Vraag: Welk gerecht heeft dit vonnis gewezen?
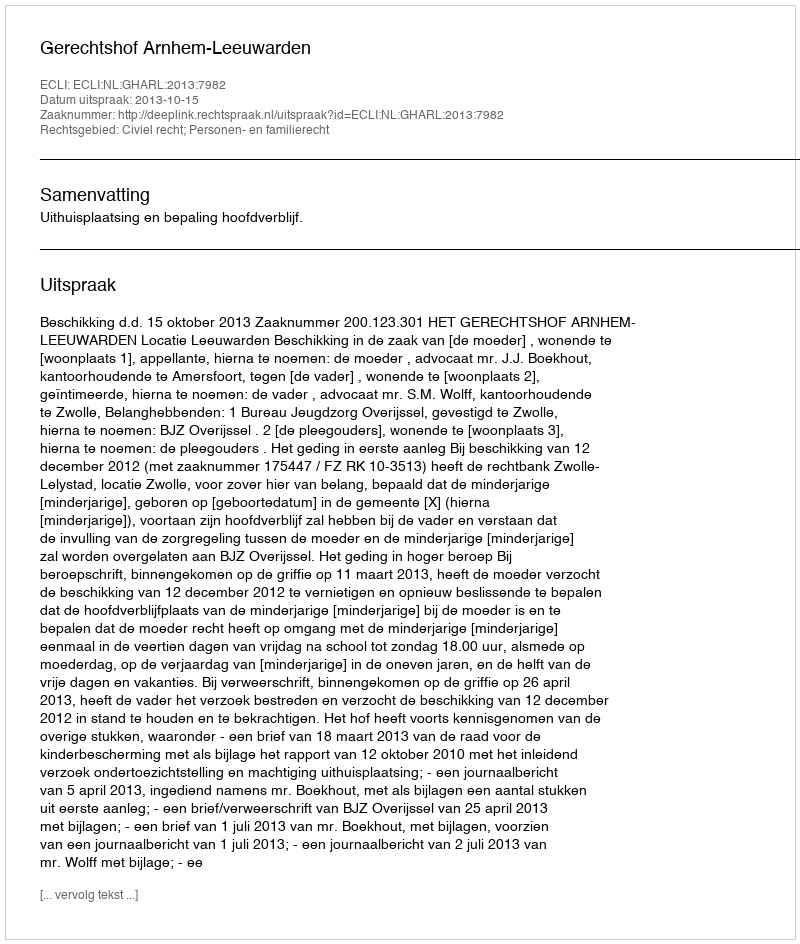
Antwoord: Gerechtshof Arnhem-Leeuwarden